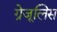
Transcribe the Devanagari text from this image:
ग्रेजूलिस